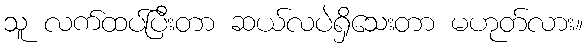
သူ လက်ထပ်ပြီးတာ ဆယ်လပဲရှိသေးတာ မဟုတ်လား။